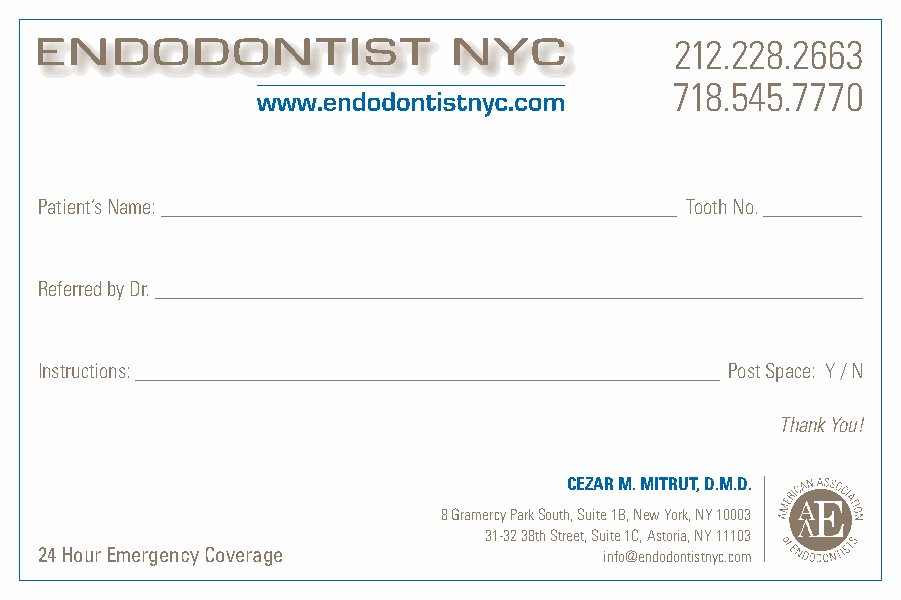
212.228.2663
 718.545.7770
 Patient’s Name: ____________________________________________________ Tooth No. __________
 Referred by Dr. _______________________________________________________________________
 Instructions: ___________________________________________________________ Post Space: Y / N
 Thank You!
 CEZAR M. MITRUT, D.M.D.
 8 Gramercy Park South, Suite 1B, New York, NY 10003
 31-32 38th Street, Suite 1C, Astoria, NY 11103
 24 Hour Emergency Coverage            info@endodontistnyc.com